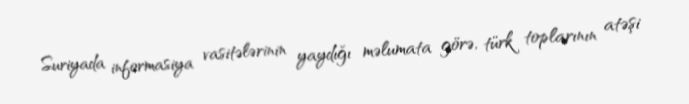
Suriyada informasiya vasitələrinin yaydığı məlumata görə, türk toplarının atəşi